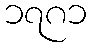
၁၇၈၁